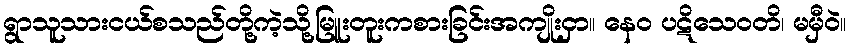
ရွာသူသားငယ်စသည်တို့ကဲ့သို့မြူးတူးကစားခြင်းအကျိုးငှာ။ နေဝ ပဋိသေဝတိ၊ မမှီဝဲ။